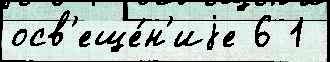
осв'еще́н'иjе 6 1